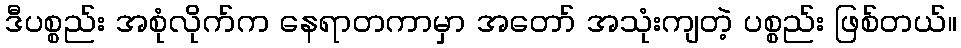
ဒီပစ္စည်း အစုံလိုက်က နေရာတကာမှာ အတော် အသုံးကျတဲ့ ပစ္စည်း ဖြစ်တယ်။